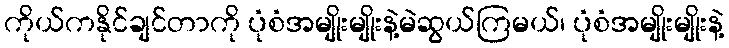
ကိုယ်ကနိုင်ချင်တာကို ပုံစံအမျိုးမျိုးနဲ့မဲဆွယ်ကြမယ်၊ ပုံစံအမျိုးမျိုးနဲ့